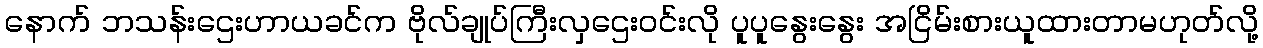
နောက် ဘသန်းဌေးဟာယခင်က ဗိုလ်ချုပ်ကြီးလှဌေးဝင်းလို ပူပူနွေးနွေး အငြိမ်းစားယူထားတာမဟုတ်လို့